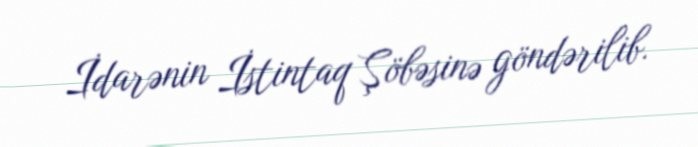
İdarənin İstintaq Şöbəsinə göndərilib.